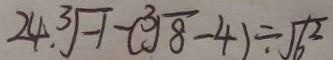
2 4 . \sqrt [ 3 ] { - 1 } - ( \sqrt [ 3 ] { 8 } - 4 ) \div \sqrt { 6 ^ { 2 } }